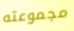
مجموعته